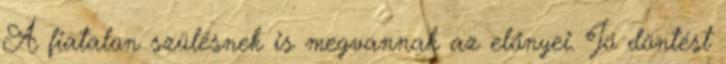
A fiatalon szülésnek is megvannak az előnyei. Jó döntést